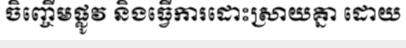
ចិញ្ចើមផ្លូវ និងធ្វើការដោះស្រាយគ្នា ដោយ